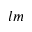
l m